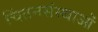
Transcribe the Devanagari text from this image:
चिंतनसंस्थाओं